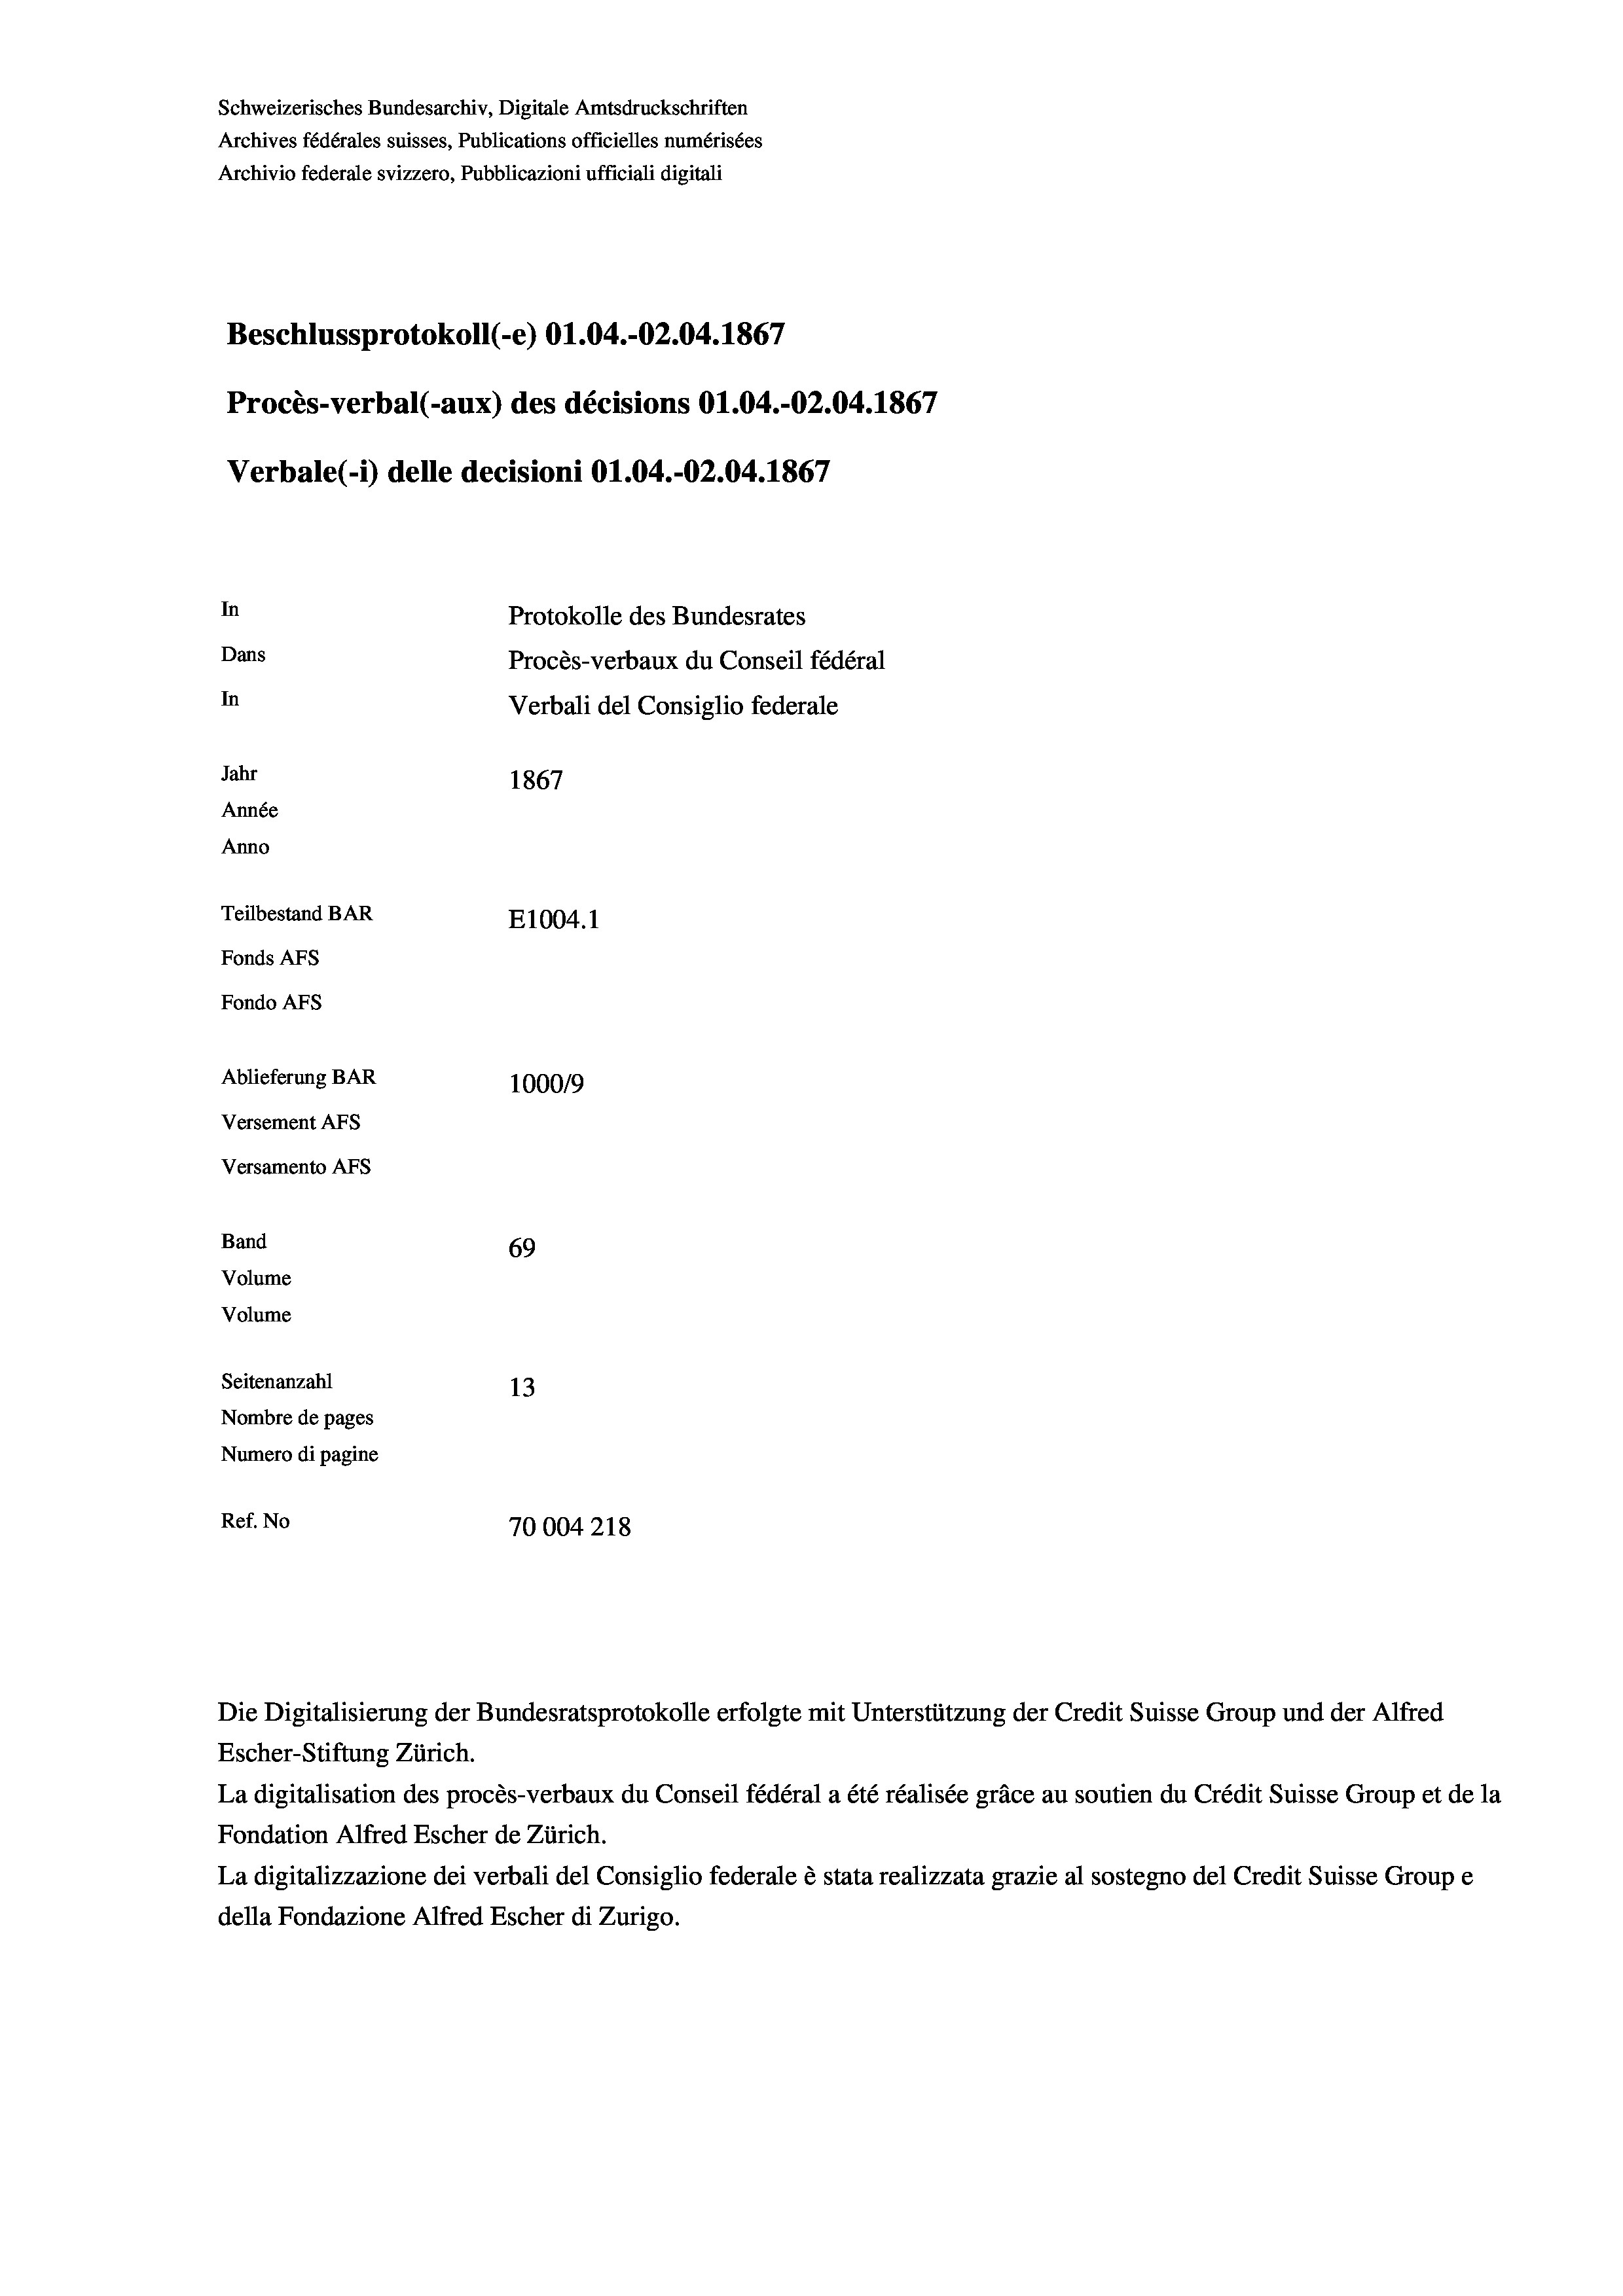
Beschlussprotokoll (-e) Ol.04.-O2.04. 1867
Procès-verbal (-aux) des décisions O1.04.-O2.04. 1867
Verbale(-*) delle decisioni O1.04.-O2.04. 1867
In
Protokolle des Bundesrates
Dans
Procès-verbaux du Conseil fédéral
In
Verbali del Consiglio federale
Jahr
1867
Année
Anno
Teilbestand BAR
E1004.1
Fonds AFs
Fondo Afs
Ablieferung BAR
100019
Versement AFs

69
Seitenanzahl
13
Nombre de pages
Numero di pagine
Ref. No
70004218

Schweizerisches Bundesarchiv, Digitale Amtsdruckschriften
Archives fédérales suisses, Publications officielles numérisées
Archivio federale svizzero, Pubblicazioni ufficiali digitali

Versamento AFs
Band
Volume
Volume

Die Digitalisierung der Bundesratsprotokolle erfolgte mit Unterstützung der Credit Suisse Group und der Alfred
Escher-Stiftung Zürich.
La digitalisation des procès-verbaux du Conseil fédéral a été réalisée gräce au soutien du Crédit Suisse Group et de la
Fondation Alfred Escher de Zürich.
La digitalizzazione dei verbali del Consiglio federale è stata realizzata grazie al sostegno del Credit Suisse Groupe
della Fondazione Alfred Escher di Zurigo.